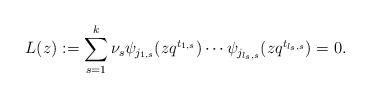
LaTeX: \begin{align*}L(z):=\sum_{s=1}^{k}\nu_s \psi_{j_{1,s}}(zq^{t_{1,s}})\cdots \psi_{j_{l_s,s}}(zq^{t_{l_s,s}})=0.\end{align*}